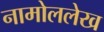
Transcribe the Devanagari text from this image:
नामोललेख